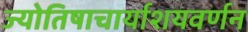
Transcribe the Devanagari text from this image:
ज्योतिषाचार्याशयवर्णन